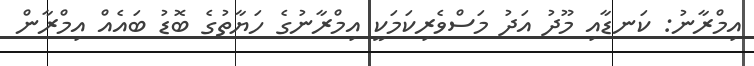
އިމްރާނު: ކަނޑާއި މޫދު އަދު މަސްވެރިކަމަކީ އިމްރާނުގެ ހަޔާތުގެ ބޮޑު ބައެއް އިމްރާން